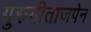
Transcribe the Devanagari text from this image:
गुरुगीताजपेन